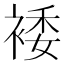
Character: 𫌂